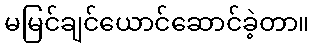
မမြင်ချင်ယောင်ဆောင်ခဲ့တာ။